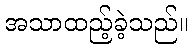
အသာထည့်ခဲ့သည်။